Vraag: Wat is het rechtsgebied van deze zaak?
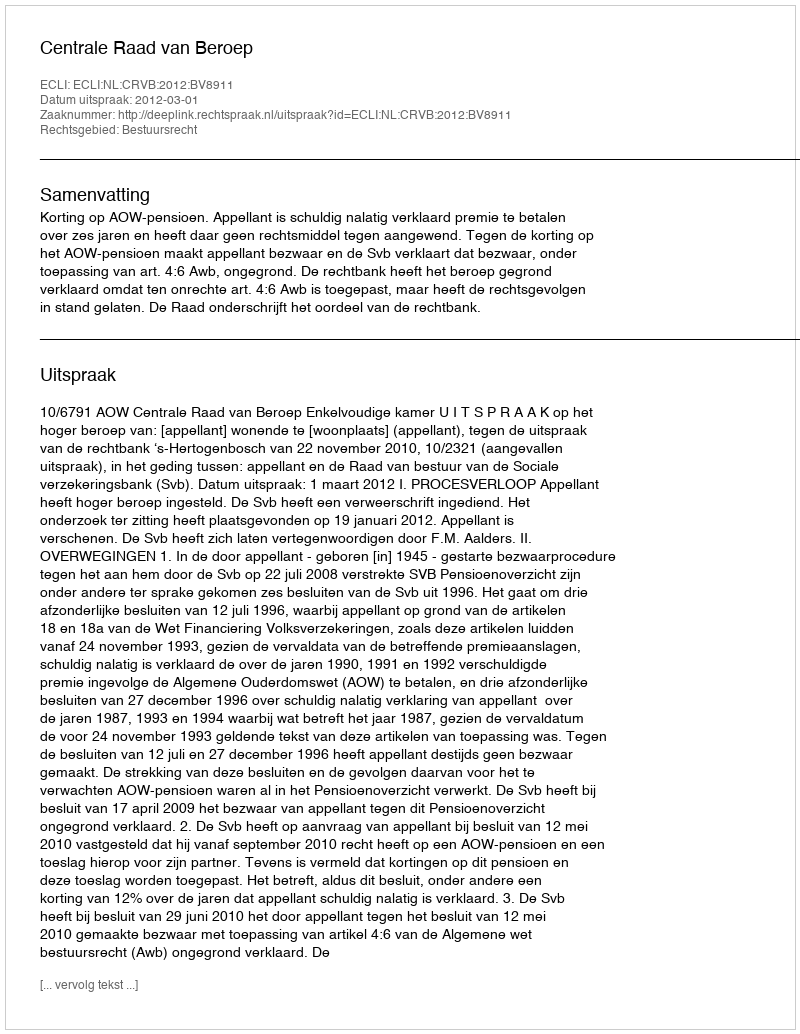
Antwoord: Bestuursrecht